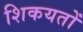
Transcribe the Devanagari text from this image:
शिकयतों